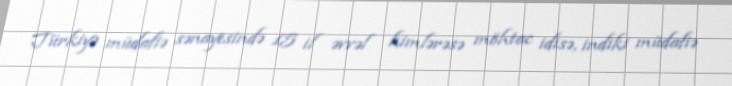
Türkiyə müdafiə sənayesində 15 il əvvəl kimlərəsə möhtac idisə, indiki müdafiə